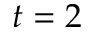
t = 2